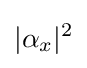
|\alpha _{x}|^{2}\,\!